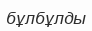
бұлбұлды